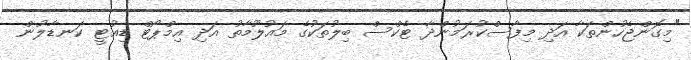
"މިގޮންޖެހުންތަކާ އަދި މިފާސްކުރަމުންދާ ޓެކްސް ބިލުތަކުގެ މައުލޫމާތު އަދި އިމްޕޯޓް ޑިއުޓީ ކަނޑާލުން